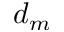
d _ { m }